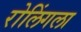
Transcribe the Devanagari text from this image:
रोलिंगला